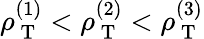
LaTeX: \rho_{\mathrm{~T~}}^{(1)}<\rho_{\mathrm{~T~}}^{(2)}<\rho_{\mathrm{~T~}}^{(3)}